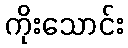
ကိုးသောင်း